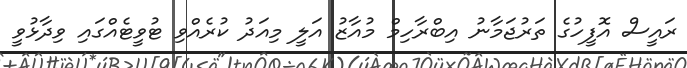
ރައީސް އޮފީހުގެ ތަރުޖަމާނު އިބްރާހިމް މުއާޒު އަލީ މިއަދު ކުރެއްވި ޓުވީޓެއްގައި ވިދާޅުވީ